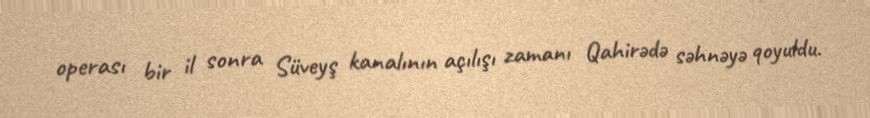
operası bir il sonra Süveyş kanalının açılışı zamanı Qahirədə səhnəyə qoyuldu.